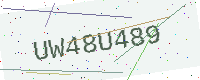
Text: UW48U489